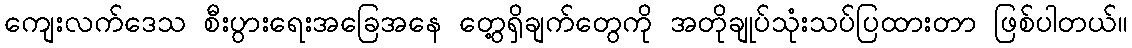
ကျေးလက်ဒေသ စီးပွားရေးအခြေအနေ တွေ့ရှိချက်တွေကို အတိုချုပ်သုံးသပ်ပြထားတာ ဖြစ်ပါတယ်။